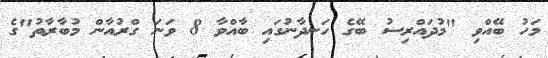
މަހު ބޭއްވި "މުދައްރިސު ބޭގެ ހަނދާނުގައި ބާއްވާ 8 ވަނަ ގްރުއާން މުބާރާތު"ގެ